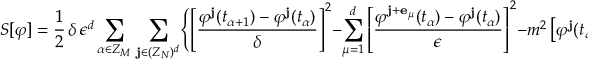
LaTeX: S [ \varphi ] = \frac { 1 } { 2 } \, \delta \, \epsilon ^ { d } \sum _ { \alpha \in Z _ { M } } \, \sum _ { { \bf j } \in ( Z _ { N } ) ^ { d } } \Biggl \{ \left[ \frac { \varphi ^ { { \bf j } } ( t _ { \alpha + 1 } ) - \varphi ^ { { \bf j } } ( t _ { \alpha } ) } { \delta } \right] ^ { 2 } - \sum _ { \mu = 1 } ^ { d } \left[ \frac { \varphi ^ { { \bf j } + { \bf e } _ { \mu } } ( t _ { \alpha } ) - \varphi ^ { { \bf j } } ( t _ { \alpha } ) } { \epsilon } \right] ^ { 2 } - m ^ { 2 } \left[ \varphi ^ { { \bf j } } ( t _ { \alpha } ) \right] ^ { 2 } \Biggr \} \; ,